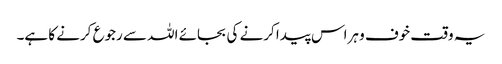
یہ وقت خوف و ہراس پیدا کرنے کی بجائے اللہ سے رجوع کرنے کا ہے۔